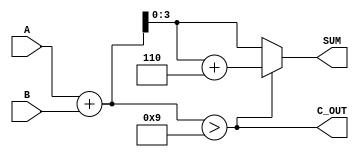
module BCD_Adder (
    input  [3:0] A,      // First BCD digit
    input  [3:0] B,      // Second BCD digit
    output [3:0] SUM,     // Resultant BCD digit
    output C_OUT          // Carry out signal
);

    wire [4:0] binary_sum; // 5-bit to accommodate overflow
    wire correction_needed; // Signal to determine if correction is needed

    // Step 1: Perform binary addition
    assign binary_sum = A + B;

    // Step 2: Determine if correction is needed
    assign correction_needed = (binary_sum > 9);

    // Step 3: Correct the sum if necessary
    assign SUM = correction_needed ? (binary_sum + 5'd6) : binary_sum[3:0];

    // Step 4: Set carry out signal
    assign C_OUT = correction_needed;

endmodule